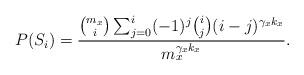
LaTeX: \begin{align*} P(S_i)=\frac{{m_x \choose i}\sum_{j=0}^{i}(-1)^{j} {{i}\choose{j}}(i-j)^{\gamma_x k_x}}{m_x^{\gamma_x k_x}}. \end{align*}